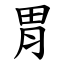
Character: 胃